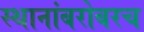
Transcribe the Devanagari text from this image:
स्थानांबरोबरच